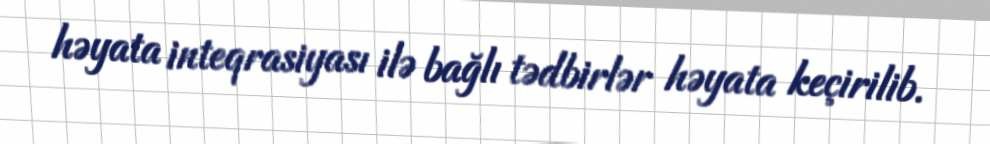
həyata inteqrasiyası ilə bağlı tədbirlər həyata keçirilib.